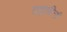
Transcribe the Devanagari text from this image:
तद्वापीनां